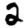
Digit: 2